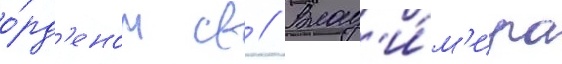
о́рд'еном св // Влад'и́м'ира